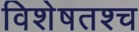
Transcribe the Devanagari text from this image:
विशेषतश्च